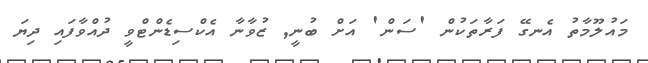
މައުލޫމާތު އެނގޭ ފަރާތަކުން 'ސަން' އަށް ބުނީ